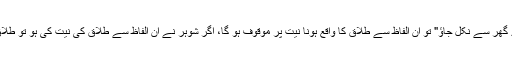
شوہر نے بیوی کو جب یہ الفاظ کہے کہ "گھر پہنچنے سے پہلے میرے گھر سے نکل جاؤ" تو ان الفاظ سے طلاق کا واقع ہونا نیت پر موقوف ہو گا، اگر شوہر نے ان الفاظ سے طلاق کی نیت کی ہو تو طلاق واقع ہو جائے گی اور اگر طلاق کی نیت نہ ہو تو طلاق واقع نہ ہو گی۔